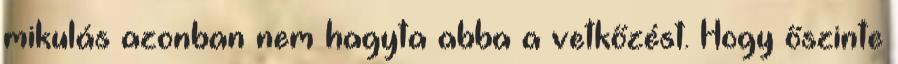
mikulás azonban nem hagyta abba a vetkőzést. Hogy őszinte